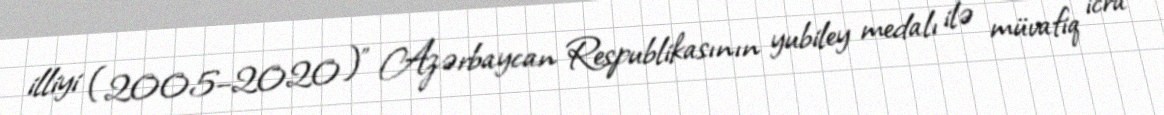
illiyi (2005–2020)" Azərbaycan Respublikasının yubiley medalı ilə müvafiq icra